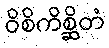
ဝိစိကိစ္ဆိတံ